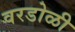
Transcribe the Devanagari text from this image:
वरडोळी